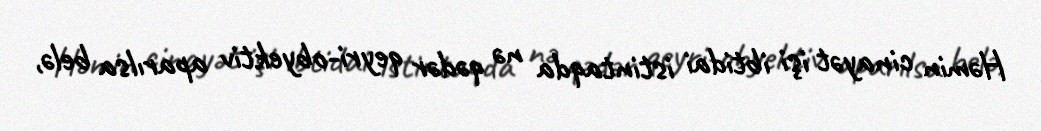
Həmin cinayət işi ibtidai istintaqda nə qədər qeyri-obyektiv aparılsa belə,